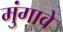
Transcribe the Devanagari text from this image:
मुंगावे